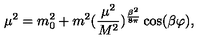
\mu ^ { 2 } = m _ { 0 } ^ { 2 } + m ^ { 2 } ( { \frac { \mu ^ { 2 } } { M ^ { 2 } } } ) ^ { { \frac { \beta ^ { 2 } } { 8 \pi } } } \cos ( \beta \varphi ) ,